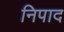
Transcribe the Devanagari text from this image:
निपाद